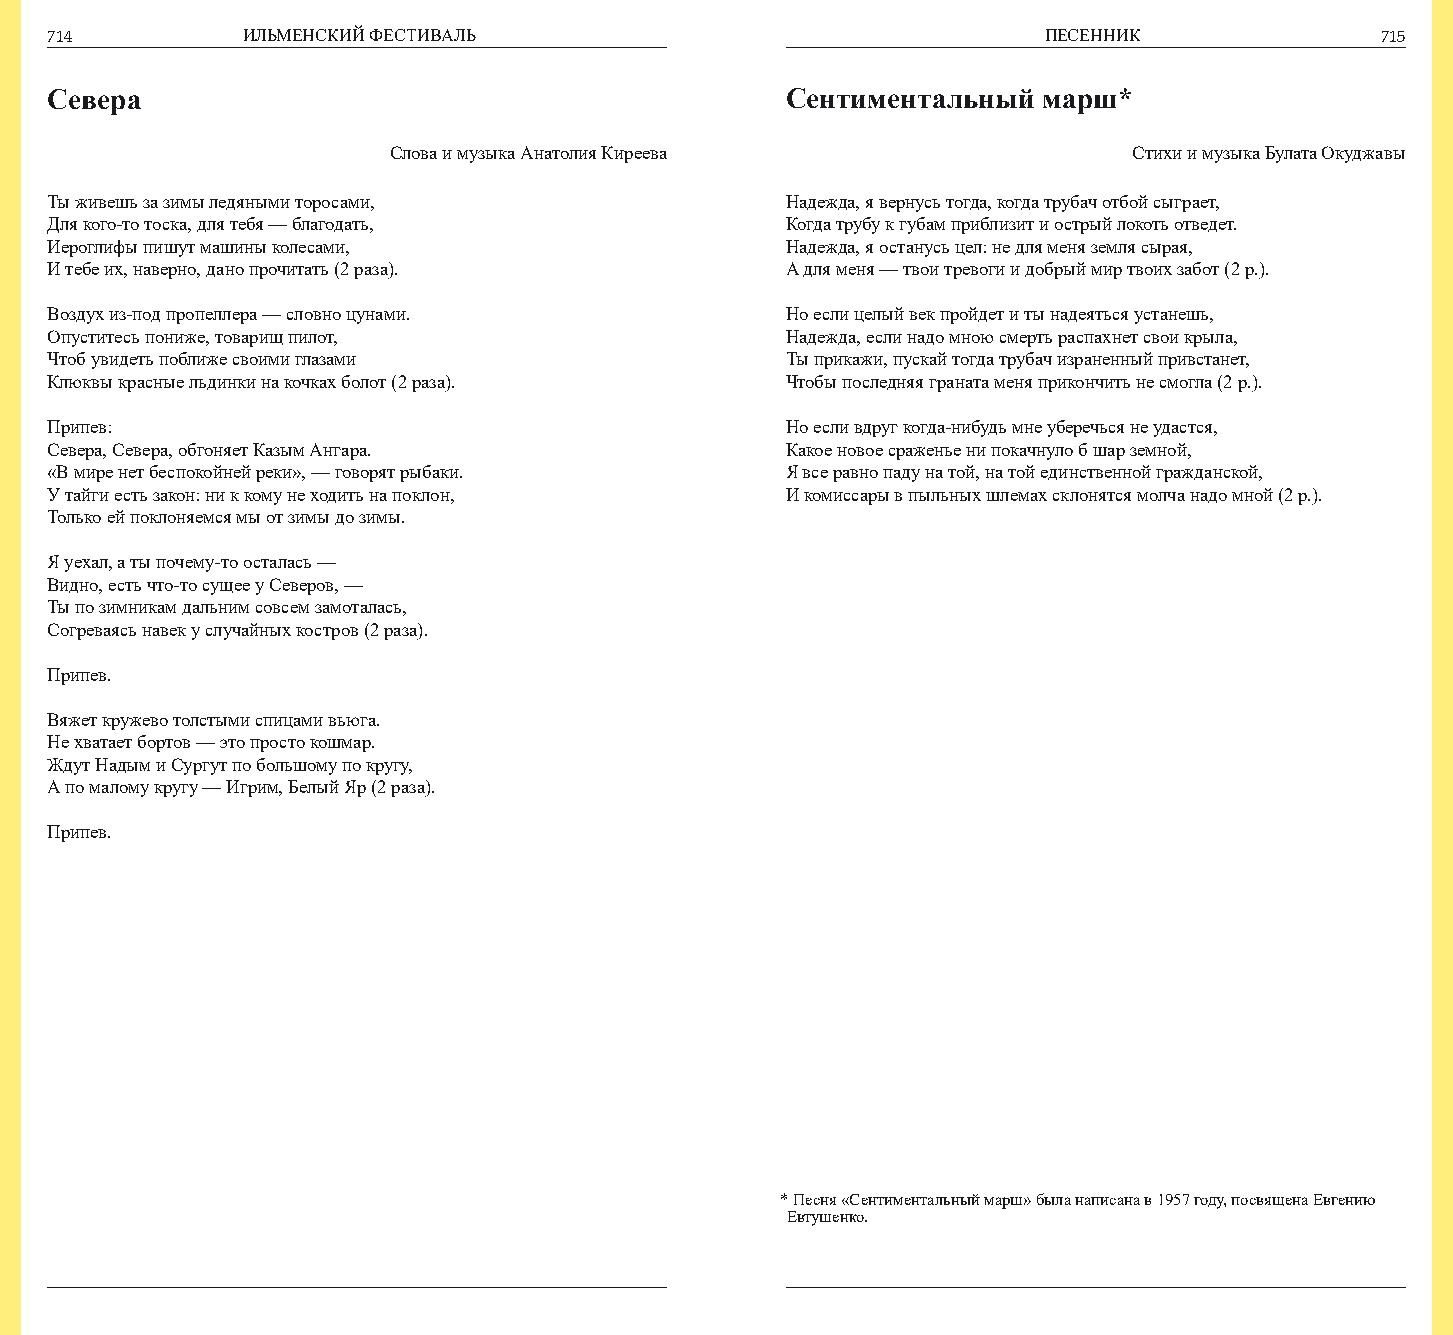
714          ИЛЬМЕНСКИЙ ФЕСТИВАЛЬ                                 ПЕСЕННИК              715
 Севера                                           Сентиментальный  марш*
 Слова и музыка Анатолия Киреева                  Стихи и музыка Булата Окуджавы
 Ты живешь за зимы ледяными торосами,             Надежда, я вернусь тогда, когда трубач отбой сыграет,
 Для кого-то тоска, для тебя — благодать,         Когда трубу к губам приблизит и острый локоть отведет.
 Иероглифы пишут машины колесами,                 Надежда, я останусь цел: не для меня земля сырая,
 И тебе их, наверно, дано прочитать (2 раза).     А для меня — твои тревоги и добрый мир твоих забот (2 р.).
 Воздух из-под пропеллера — словно цунами.        Но если целый век пройдет и ты надеяться устанешь,
 Опуститесь пониже, товарищ пилот,                Надежда, если надо мною смерть распахнет свои крыла,
 Чтоб увидеть поближе своими глазами              Ты прикажи, пускай тогда трубач израненный привстанет,
 Клюквы красные льдинки на кочках болот (2 раза). Чтобы последняя граната меня прикончить не смогла (2 р.).
 Припев:                                          Но если вдруг когда-нибудь мне уберечься не удастся,
 Севера, Севера, обгоняет Казым Ангара.           Какое новое сраженье ни покачнуло б шар земной,
 «В мире нет беспокойней реки», — говорят рыбаки. Я все равно паду на той, на той единственной гражданской,
 У тайги есть закон: ни к кому не ходить на поклон, И комиссары в пыльных шлемах склонятся молча надо мной (2 р.).
 Только ей поклоняемся мы от зимы до зимы.
 Я уехал, а ты почему-то осталась —
 Видно, есть что-то сущее у Северов, —
 Ты по зимникам дальним совсем замоталась,
 Согреваясь навек у случайных костров (2 раза).
 Припев.
 Вяжет кружево толстыми спицами вьюга.
 Не хватает бортов — это просто кошмар.
 Ждут Надым и Сургут по большому по кругу,
 А по малому кругу — Игрим, Белый Яр (2 раза).
 Припев.
 * Песня «Сентиментальный марш» была написана в 1957 году, посвящена Евгению
 Евтушенко.